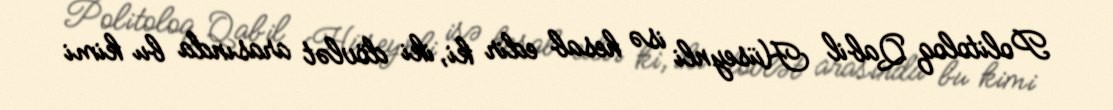
Politoloq Qabil Hüseynli isə hesab edir ki, iki dövlət arasında bu kimi